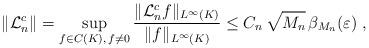
LaTeX: \begin{align*} \|\mathcal{L}_n^c\|=\sup_{f\in C(K),\,f\neq 0}\frac{\|\mathcal{L}_{n}^cf\|_{L^\infty(K)}} {\|f\|_{L^\infty(K)}}\leq C_n\,\sqrt{M_n}\,\beta_{M_n}(\varepsilon)\;,\end{align*}